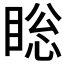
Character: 𰥯